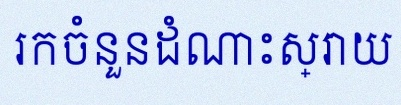
រកចំនួនដំណោះស្រាយ